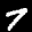
Label: 7